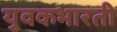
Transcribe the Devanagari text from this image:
युवकभारती